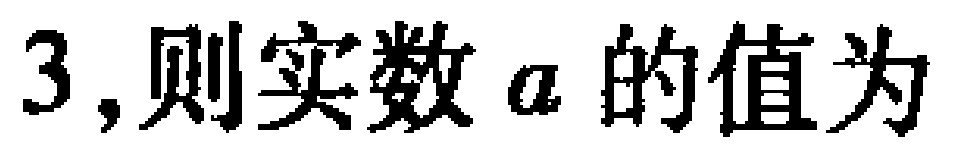
$3,则实数\ a\ 的值为$